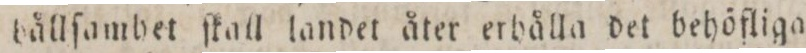
hållſamhet ſkall landet åter erhålla det behöfliga